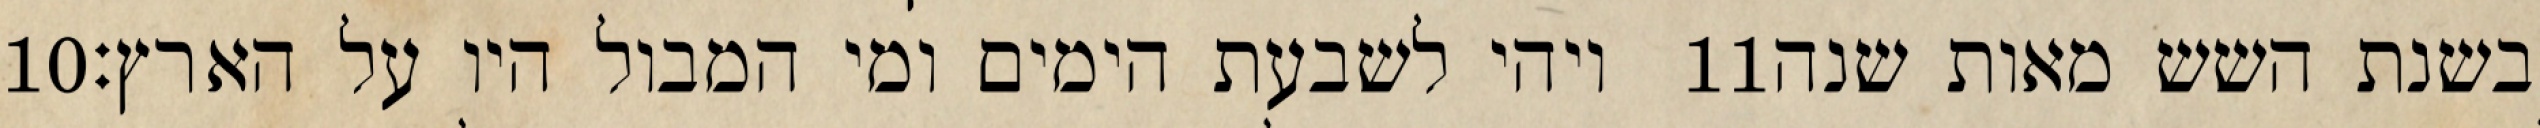
‎10‏ ויהי לשבעת הימים ומי המבול היו על הארץ׃ ‎11‏ בשנת השש מאות שנה